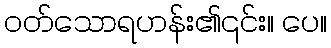
ဝတ်သောရဟန်း၏၎င်း။ ပေ။